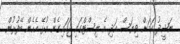
ނަޝީދު ކަމަށް ވިޔަސް އަދި އެ ލިސްޓްގައި ޖަހައިގެން އުޅޭ އެހެން ބޭފުޅުން